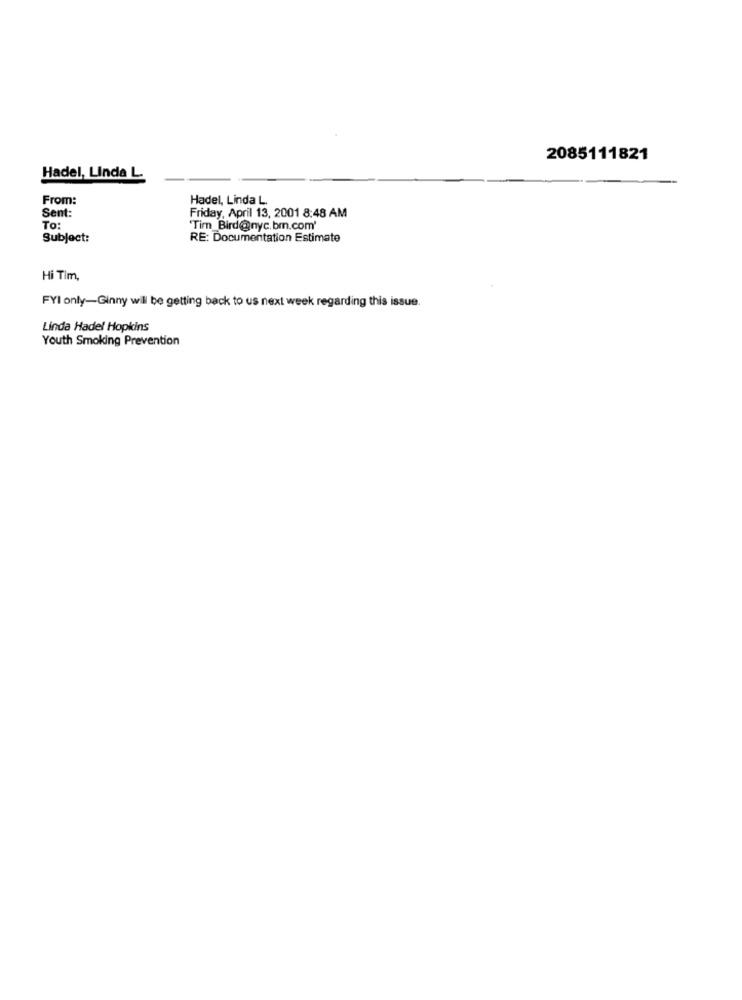
2085111821
Hadel, Linda L.
From:
Hadel, Linda L.
Sent:
Friday, April 13, 2001 8:48 AM
To:
"Tim _Bird@nyc.bm.com'
Subject:
RE: Documentation Estimate
Hi Tim,
FYI only-Ginny will be getting back to us next week regarding this issue.
Linda Hadel Hopkins
Youth Smoking Prevention